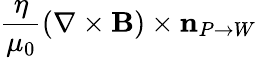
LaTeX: \frac{\eta}{\mu_{0}}(\nabla\times{\mathbf B})\times\mathbf{n}_{P\rightarrow W}